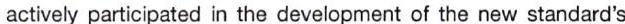
actively participated in the development of the new standard's